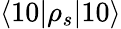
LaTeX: \langle 10|\rho_{s}|10\rangle